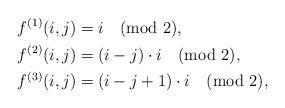
LaTeX: \begin{align*} f^{(1)}(i,j) &= i \pmod{2}, \\ f^{(2)}(i,j) &= (i-j) \cdot i \pmod{2}, \\ f^{(3)}(i,j) &= (i-j+1) \cdot i \pmod{2},\end{align*}